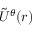
\tilde { U } ^ { \theta } ( r )